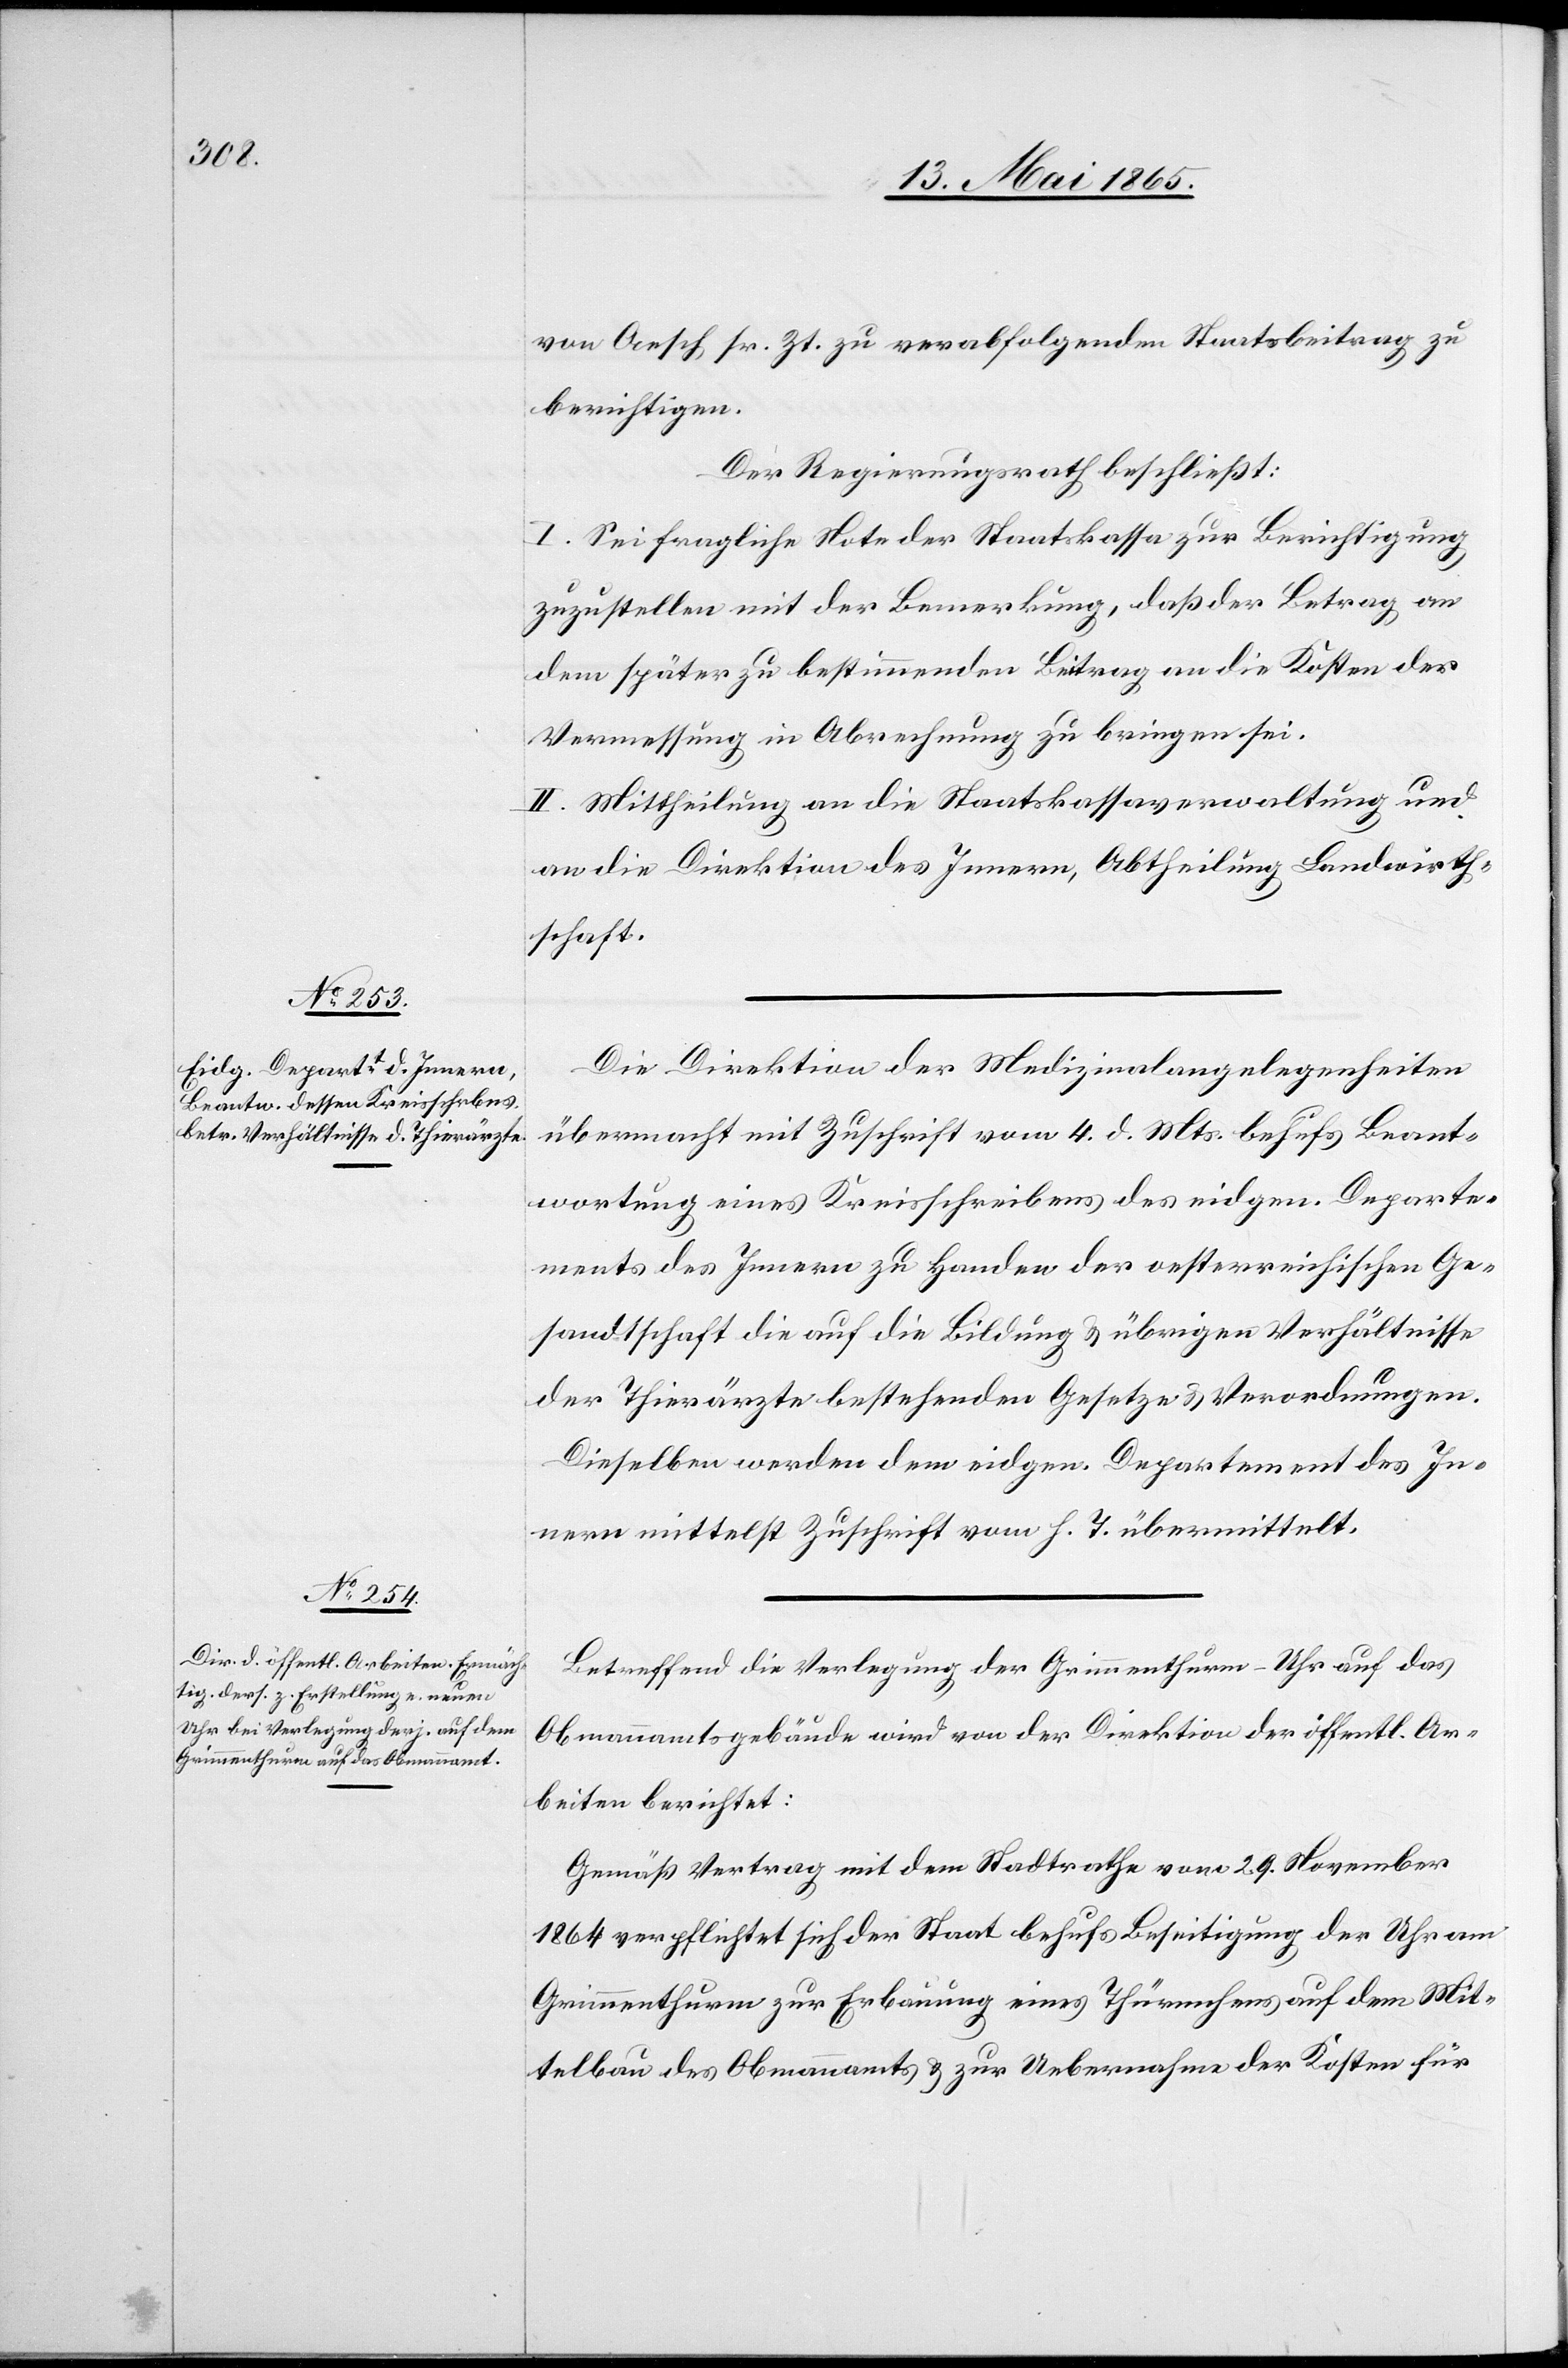
von Aesch sr. Zt. zu verabfolgenden Staatsbeitrag zu
berichtigen.
Der Regierungsrath beschließt:
I. Sei fragliche Note der Staatskassa zur Berichtigung
zuzustellen mit der Bemerkung, daß der Betrag an
dem später zu bestimmenden Beitrag an die Kosten der
Vermessung in Abrechnung zu bringen sei.
II. Mittheilung an die Staatskassaverwaltung und
an die Direktion des Innern, Abtheilung Landwirth¬
schaft.
Die Direktion der Medizinalangelegenheiten
übermacht mit Zuschrift vom 4. d. Mts. behufs Beant¬
wortung eines Kreisschreibens des eidgen. Departe¬
ments des Innern zu Handen der oesterreichischen Ge¬
sandtschaft die auf die Bildung & übrigen Verhältnisse
der Thierärzte bestehenden Gesetze & Verordnungen.
Dieselben werden dem eidgen. Departement des In¬
nern mittelst Zuschrift vom h. T. übermittelt.
Betreffend die Verlegung der Grimmenthurm-Uhr auf das
Obmannamtsgebäude wird von der Direktion der öffentl. Ar¬
beiten berichtet:
Gemäß Vertrag mit dem Stadtrathe vom 29. November
1864 verpflichtet sich der Staat behufs Beseitigung der Uhr am
Grimmenthurm zur Erbauung eines Thürmchens auf dem Mit¬
telbau des Obmannamts & zur Uebernahme der Kosten für